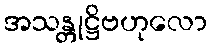
အသန္တုဋ္ဌိဗဟုလော